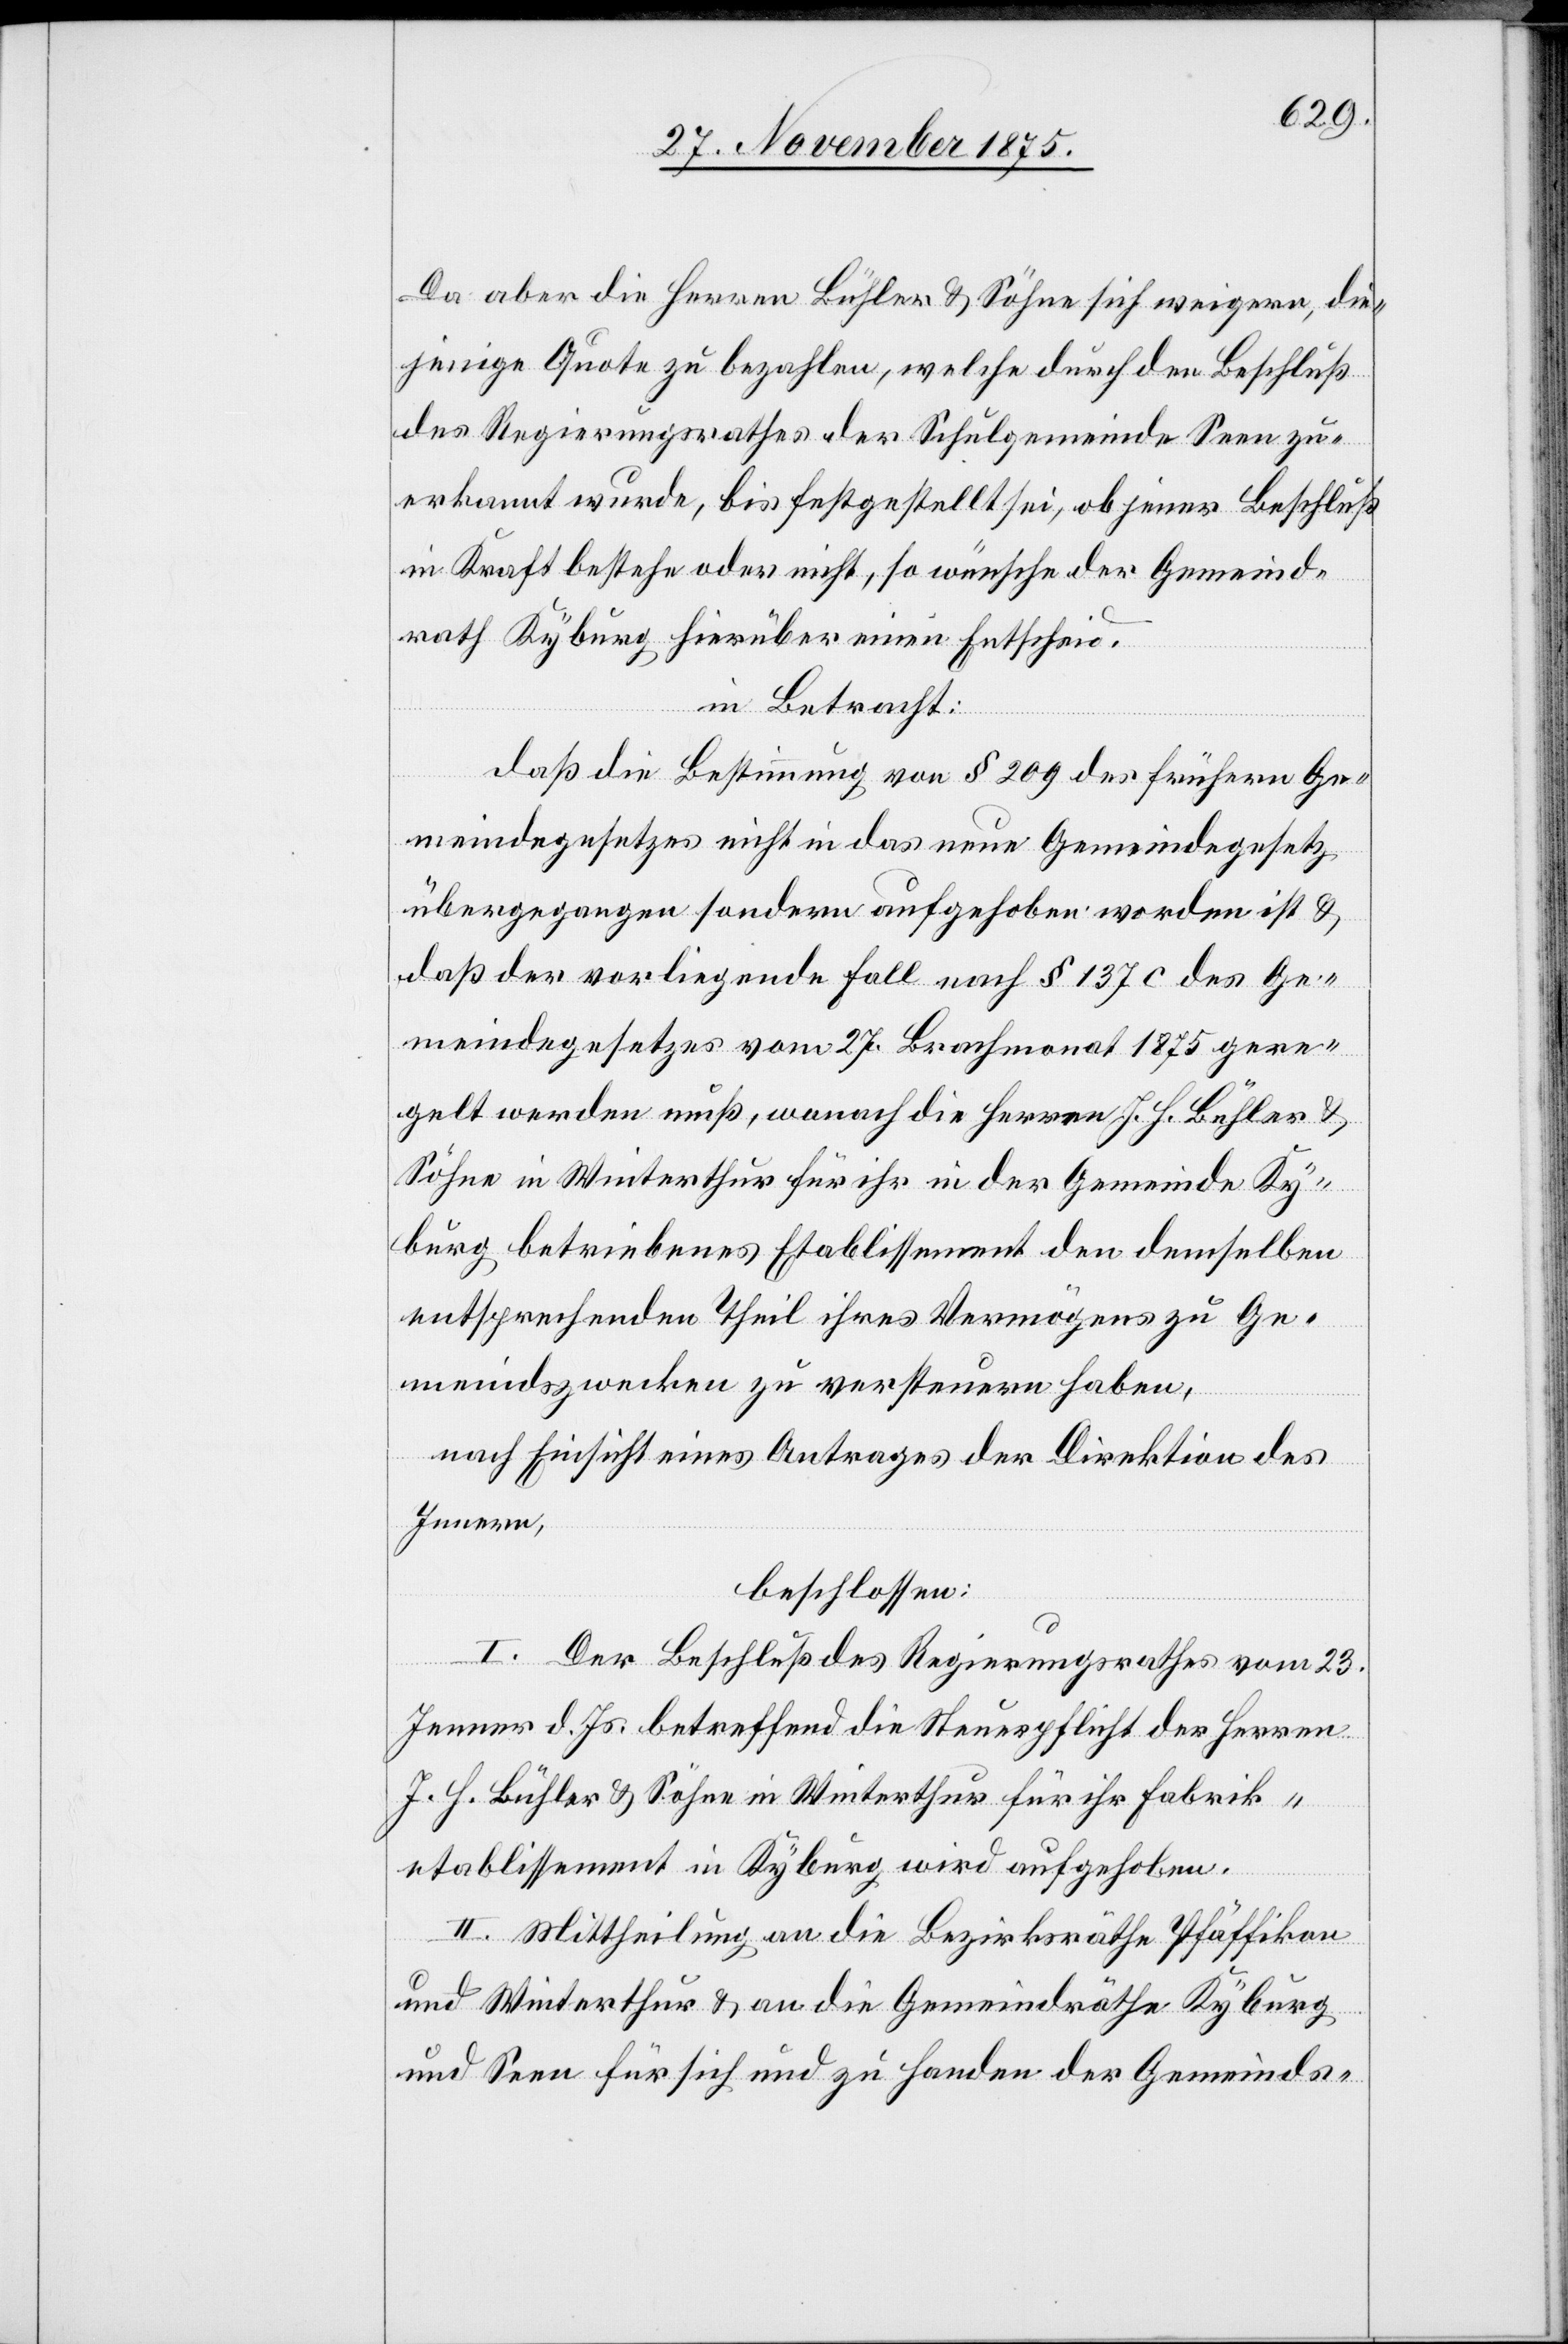
Da aber die Herren Bühler & Söhne sich weigern, die¬
jenige Quote zu bezahlen, welche durch den Beschluß
des Regierungsrathes der Schulgemeinde Seen zu¬
erkannt wurde, bis festgestellt sei, ob jener Beschluß
in Kraft bestehe oder nicht, so wünsche der Gemeind¬
rath Kyburg hierüber einen Entscheid.
in Betracht:
daß die Bestimmung von § 209 des frühern Ge¬
meindegesetzes nicht in das neue Gemeindegesetz
übergangen sondern aufgehoben worden ist &
daß der vorliegende Fall nach § 137c des Ge¬
meindegesetzes vom 27. Brachmonat 1875 gere¬
gelt werden muß, wonach die Herren J. H. Bühler &
Söhne in Winterthur für ihr in der Gemeinde Ky¬
burg betriebenes Etablissement den demselben
entsprechenden Theil ihres Vermögens zu Ge¬
meindszwecken zu versteuern haben,
nach Einsicht eines Antrages der Direktion des
Innern,
beschlossen:
I. Der Beschluß des Regierungsrathes vom 23.
Jenner d. Js. betreffend die Steuerpflicht der Herren
J. H. Bühler & Söhne in Winterthur für ihr Fabrik¬
etablissement in Kyburg wird aufgehoben.
II. Mittheilung an die Bezirksräthe Pfäffikon
und Winterthur & an die Gemeindräthe Kyburg
und Seen für sich und zu Handen der Gemeinds-